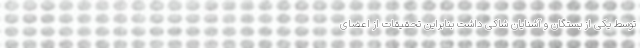
توسط یکی از بستگان و آشنایان شاکی داشت بنابراین تحقیقات از اعضای